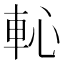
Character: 𨊳